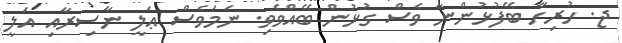
ޖ. ހުރިހާ ބޭފުޅުންނާ ވެސް ގުޅުން ބޭއްވެވި. ނަމަވެސް ޢަލީ ނާސިރާއި އަލީ